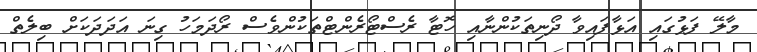
މާލޭ ފަޅުގައި އަޅާފައިވާ ދޯނިތަކުންނާއި ހޮޓާ ރެސްޓޯރެންޓްތަކުންވެސް ރޯދަމަހު ގިނަ އަދަދަކަށް ބިލެތް